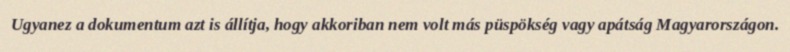
Ugyanez a dokumentum azt is állítja, hogy akkoriban nem volt más püspökség vagy apátság Magyarországon.